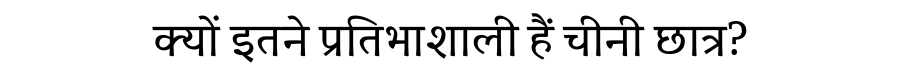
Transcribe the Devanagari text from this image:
क्यों इतने प्रतिभाशाली हैं चीनी छात्र?